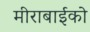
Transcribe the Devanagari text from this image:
मीराबाईको